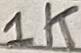
Text: 1K